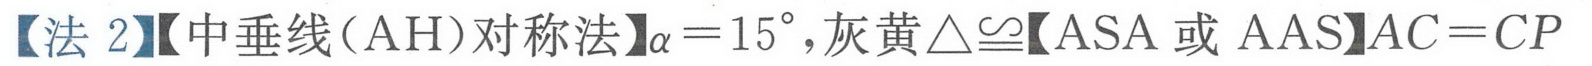
【法 2】【中垂线（AH）对称法】\(\alpha = 15^{\circ}\)，灰黄\(\triangle\cong\)【ASA 或 AAS】\(AC = CP\)